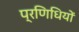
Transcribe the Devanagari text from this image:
प्रणिधियों